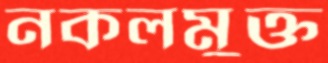
নকলমুক্ত